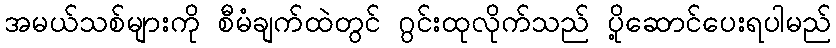
အမယ်သစ်များကို စီမံချက်ထဲတွင် ဂွင်းထုလိုက်သည် ပို့ဆောင်ပေးရပါမည်